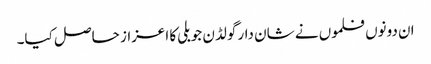
ان دونوں فلموں نے شان دار گولڈن جوبلی کا اعزاز حاصل کیا۔